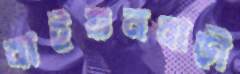
বাইগুনবাড়ী